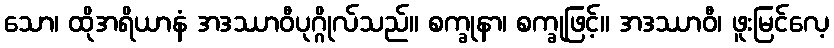
သော၊ ထိုအရိယာနံ အဒဿာဝီပုဂ္ဂိုလ်သည်။ စက္ခုနာ၊ စက္ခုဖြင့်။ အဒဿာဝီ၊ ဖူးမြင်လေ့